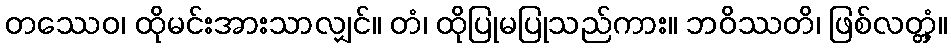
တဿေဝ၊ ထိုမင်းအားသာလျှင်။ တံ၊ ထိုပြုမပြုသည်ကား။ ဘဝိဿတိ၊ ဖြစ်လတ္တံ့။